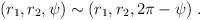
LaTeX: \begin{align*} (r_1,r_2,\psi) \sim ( r_1, r_2,2\pi -\psi) \;.\end{align*}